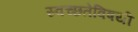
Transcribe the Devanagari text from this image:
स्वच्छतेविषयी